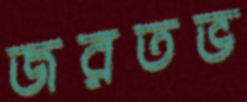
জরতভ